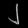
Digit: ၂